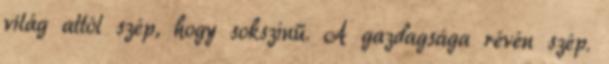
világ attól szép, hogy sokszínű. A gazdagsága révén szép.